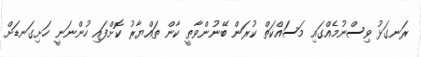
ރަނގަޅު ވިސްނުމެއްގައި މަސައްކަތް ކުރަން ބޭނުންވާތީ ކާން ތައްޔާރު ކޮށްފައި ހުންނަނީ ހަށިގަނޑަށް